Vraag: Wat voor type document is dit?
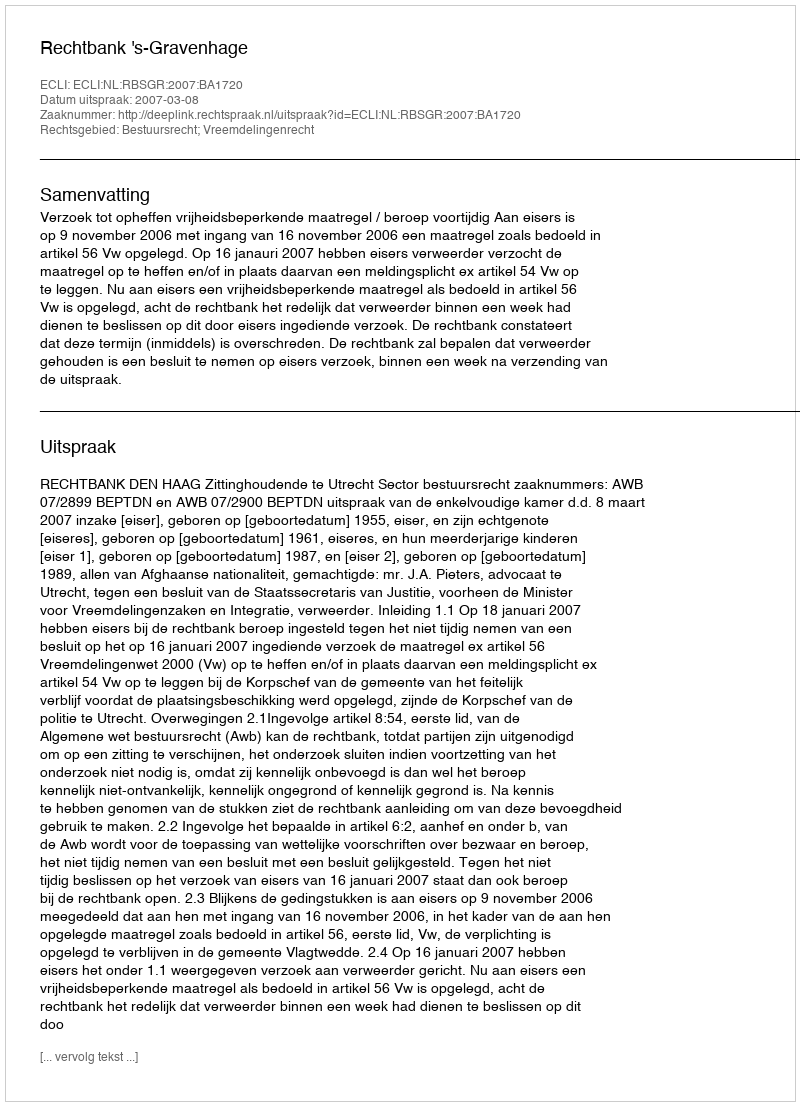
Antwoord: Uitspraak